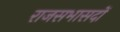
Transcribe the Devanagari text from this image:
राजसभासदों